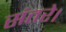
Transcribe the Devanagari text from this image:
संतरे।